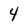
Character: 4